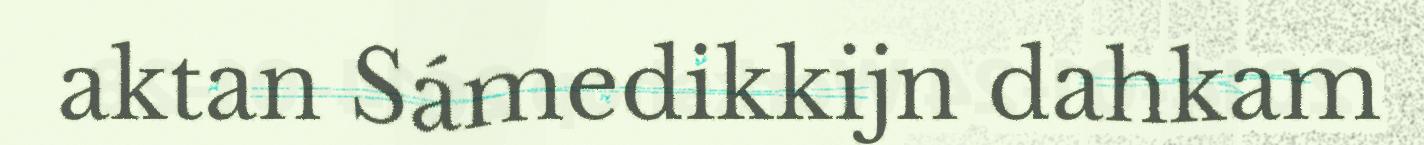
aktan Sámedikkijn dahkam